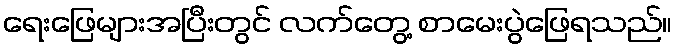
ရေးဖြေများအပြီးတွင် လက်တွေ့ စာမေးပွဲဖြေရသည်။